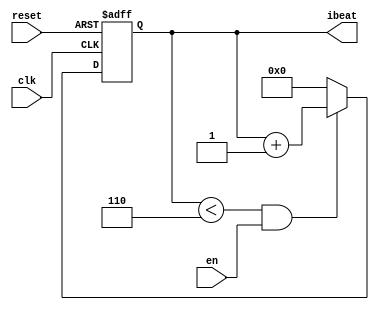
module PlayerCtrl1 (
	input clk,
	input reset,
	input en,
	output reg [7:0] ibeat
);
parameter BEATLEAGTH = 6;

always @(posedge clk, posedge reset) begin
	if (reset) begin
		ibeat <= 0;
    end
	else if ((ibeat < BEATLEAGTH) && en) begin 
		ibeat <= ibeat + 1;
	end
	else begin 
		ibeat <= 0;
	end
end

endmodule

module PlayerCtrl2 (
	input clk,
	input reset,
	input [2:0] en,
	output reg [7:0] ibeat
);
parameter BEATLEAGTH = 7;

always @(posedge clk, posedge reset) begin
	if (reset) begin
		ibeat <= 0;
    end
	else if ((ibeat < BEATLEAGTH) && en) begin 
		ibeat <= ibeat + 1;
	end
	else begin 
		ibeat <= 0;
	end
end

endmodule